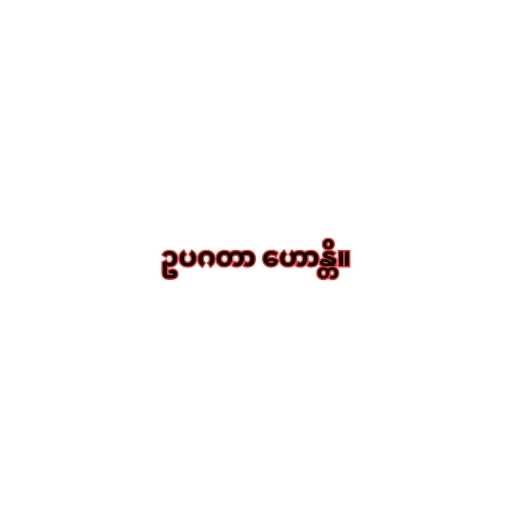
ဥပဂတာ ဟောန္တိ။